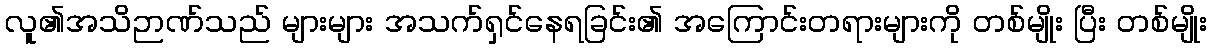
လူ၏အသိဉာဏ်သည် များများ အသက်ရှင်နေရခြင်း၏ အကြောင်းတရားများကို တစ်မျိုး ပြီး တစ်မျိုး